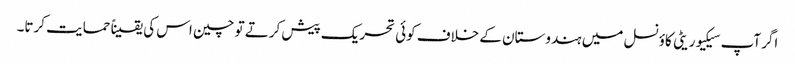
اگر آپ سیکیوریٹی کاؤنسل میں ہندوستان کے خلاف کوئی تحریک پیش کرتے تو چین اس کی یقیناً حمایت کرتا۔